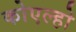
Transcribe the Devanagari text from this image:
कोएल्हो